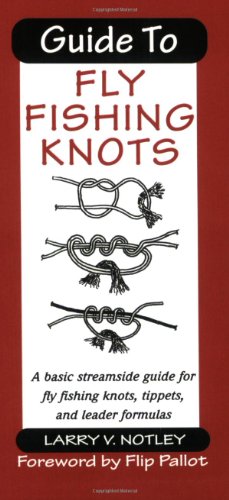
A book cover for Guide to Fly Fishing Knots; Larry V. Notley; Sports & Outdoors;